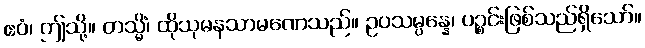
ဧဝံ၊ ဤသို့။ တသ္မိံ၊ ထိုသုမနသာမဏေသည်။ ဥပသမ္ပန္နေ၊ ပဉ္စင်းဖြစ်သည်ရှိသော်။